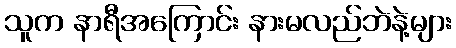
သူက နာရီအကြောင်း နားမလည်ဘဲနဲ့များ